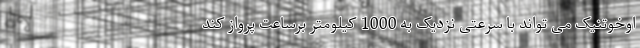
اوخوتنیک می تواند با سرعتی نزدیک به 1000 کیلومتر برساعت پرواز کند